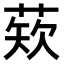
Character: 𫈫